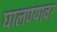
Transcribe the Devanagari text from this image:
घालण्यावर